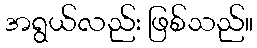
အရွယ်လည်း ဖြစ်သည်။